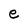
Character: e